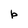
Character: P